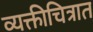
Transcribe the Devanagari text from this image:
व्यक्तीचित्रात